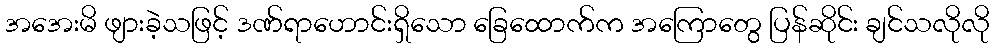
အအေးမိ ဖျားခဲ့သဖြင့် ဒဏ်ရာဟောင်းရှိသော ခြေထောက်က အကြောတွေ ပြန်ဆိုင်း ချင်သလိုလို